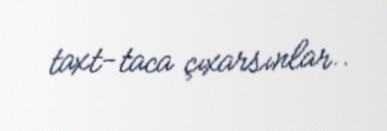
taxt-taca çıxarsınlar..